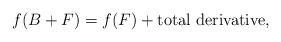
LaTeX: \begin{align*}f(B+F) = f(F) + {\rm total~derivative},\end{align*}